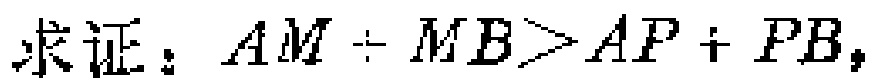
求证：\(AM + MB>AP + PB\)